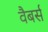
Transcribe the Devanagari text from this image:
वैबर्स